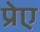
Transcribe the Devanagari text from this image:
प्रेए